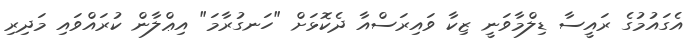
އެގައުމުގެ ރައީސާ ޑިލްމާވަނީ ޒިކާ ވައިރަސްއާ ދެކޮޅަށް "ހަނގުރާމަ" އިޢްލާން ކުރައްވައި މަދިރި